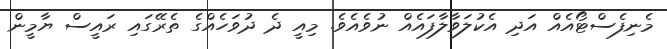
މެނިފެސްޓޯއެއް އަދި އެކުލަވާލާފައެއް ނުވެއެވެ. މިއީ ދެ ދުވަހެއްގެ ތެރޭގައި ރައީސް ޔާމީން